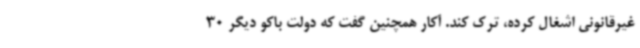
غیرقانونی اشغال کرده، ترک کند. آکار همچنین گفت که دولت باکو دیگر 30